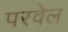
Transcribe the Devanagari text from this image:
परवेल